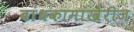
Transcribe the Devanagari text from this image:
बांधकामांखेरीज